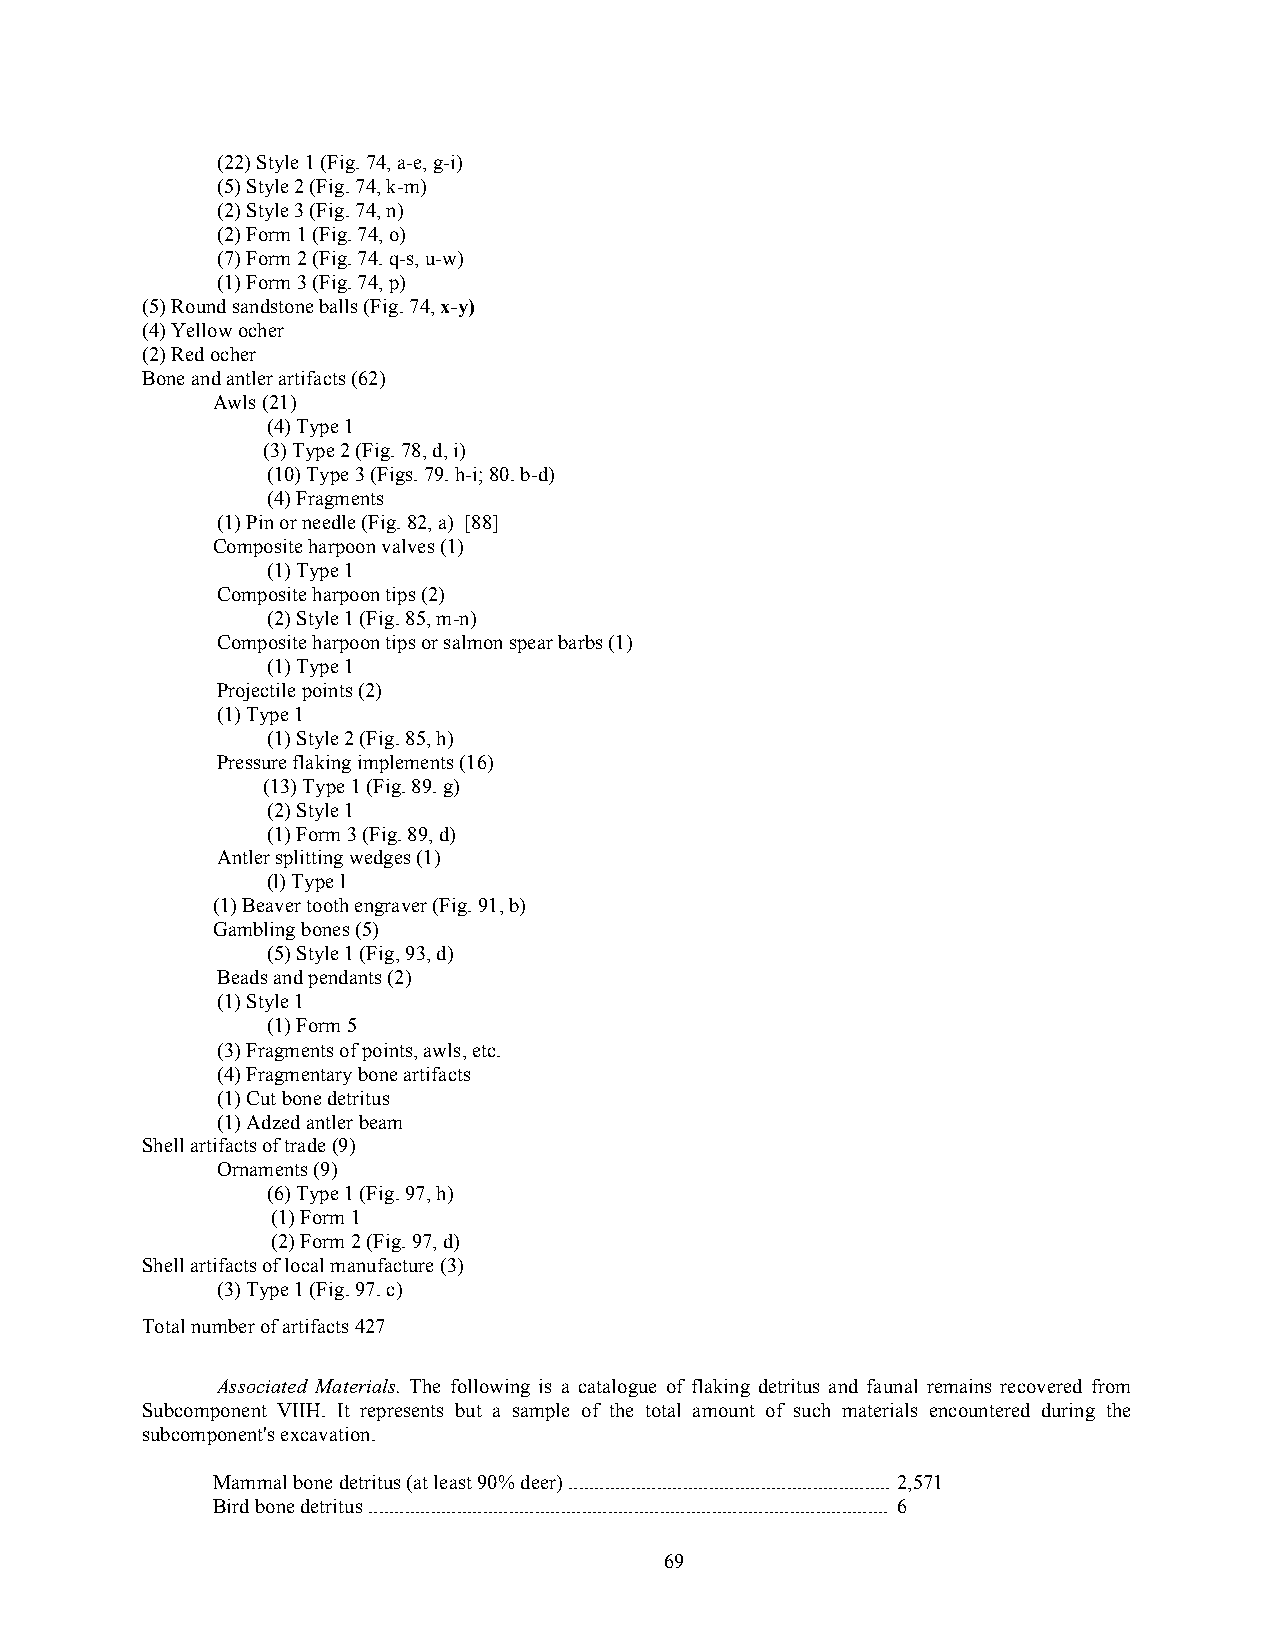
(22) Style 1 (Fig. 74, a-e, g-i)
 (5) Style 2 (Fig. 74, k-m)
 (2) Style 3 (Fig. 74, n)
 (2) Form 1 (Fig. 74, o)
 (7) Form 2 (Fig. 74. q-s, u-w)
 (1) Form 3 (Fig. 74, p)
 (5) Round sandstone balls (Fig. 74, x-y)
 (4) Yellow ocher
 (2) Red ocher
 Bone and antler artifacts (62)
 Awls (21)
 (4) Type 1
 (3) Type 2 (Fig. 78, d, i)
 (10) Type 3 (Figs. 79. h-i; 80. b-d)
 (4) Fragments
 (1) Pin or needle (Fig. 82, a) [88]
 Composite harpoon valves (1)
 (1) Type 1
 Composite harpoon tips (2)
 (2) Style 1 (Fig. 85, m-n)
 Composite harpoon tips or salmon spear barbs (1)
 (1) Type 1
 Projectile points (2)
 (1) Type 1
 (1) Style 2 (Fig. 85, h)
 Pressure flaking implements (16)
 (13) Type 1 (Fig. 89. g)
 (2) Style 1
 (1) Form 3 (Fig. 89, d)
 Antler splitting wedges (1)
 (l) Type l
 (1) Beaver tooth engraver (Fig. 91, b)
 Gambling bones (5)
 (5) Style 1 (Fig, 93, d)
 Beads and pendants (2)
 (1) Style 1
 (1) Form 5
 (3) Fragments of points, awls, etc.
 (4) Fragmentary bone artifacts
 (1) Cut bone detritus
 (1) Adzed antler beam
 Shell artifacts of trade (9)
 Ornaments (9)
 (6) Type 1 (Fig. 97, h)
 (1) Form 1
 (2) Form 2 (Fig. 97, d)
 Shell artifacts of local manufacture (3)
 (3) Type 1 (Fig. 97. c)
 Total number of artifacts 427
 Associated Materials. The following is a catalogue of flaking detritus and faunal remains recovered from
 Subcomponent VIIH. It represents but a sample of the total amount of such materials encountered during the
 subcomponent's excavation.
 Mammal bone detritus (at least 90% deer) .............................................................. 2,571
 Bird bone detritus .................................................................................................... 6
 69